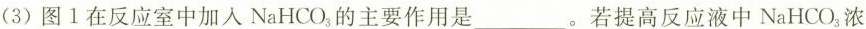
(3)图1在反应室中加入NaHCO_{3}的主要作用是___。若提高反应液中NaHCO_{3}浓